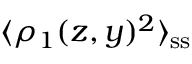
\langle \rho _ { 1 } ( z , y ) ^ { 2 } \rangle _ { \mathrm { s s } }